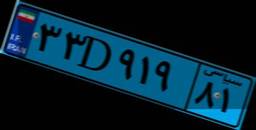
۹۲D۵۵۵۷۹